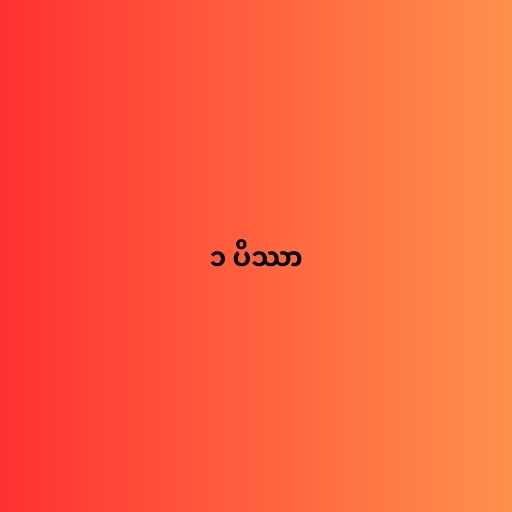
၁ ပိဿာ